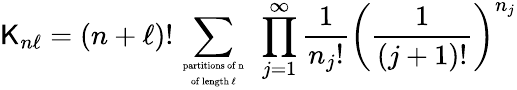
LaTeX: \mathsf{K}_{n\ell}=(n+\ell)!\sum_{{\mathrm{{\scriptsize~partitions~of~n~}}}\atop{\mathrm{{\scriptsize~of~length~\ell~}}}}\; \prod_{j=1}^{\infty}\frac{{1}}{{{n_{j}}!}}\left(\frac{{1}}{{(j+1)!}}\right)^{n_{j}}